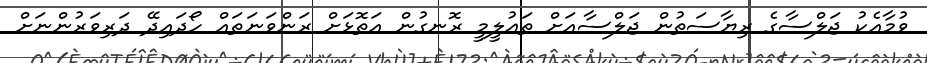
ވުމާއެކު ޖަލްސާގެ ރިޔާސަތުން ޖަލްސާއަށް ތަޢުލީމީ ރޮނގުން އަތޮޅަށް ރަންވަނަތައް ހޯދައިދޭ ދަރިވަރުންނަށް